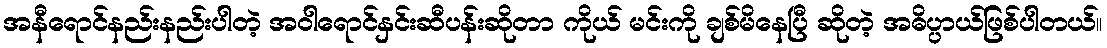
အနီရောင်နည်းနည်းပါတဲ့ အဝါရောင်နှင်းဆီပန်းဆိုတာ ကိုယ် မင်းကို ချစ်မိနေပြီ ဆိုတဲ့ အဓိပ္ပာယ်ဖြစ်ပါတယ်။